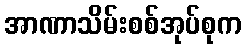
အာဏာသိမ်းစစ်အုပ်စုက